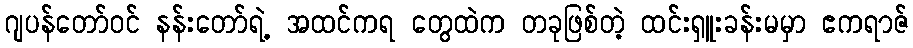
ဂျပန်တော်ဝင် နန်းတော်ရဲ့ အထင်ကရ တွေထဲက တခုဖြစ်တဲ့ ထင်းရှူးခန်းမမှာ ဧကရာဇ်